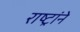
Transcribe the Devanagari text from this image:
राष्ट्रांने